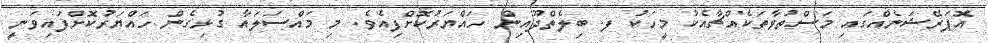
އޮޕަރޭޝަނެއްގައި މަސްތުވާތަކެއްޗާއެކު މީހަކު ފ. ބިލެތްދޫއިން ހައްޔަރުކޮށްފިއެވެ. މި މައްސަލައާ ގުޅިގެން ހައްޔަރުކޮށްފައިވަނީ